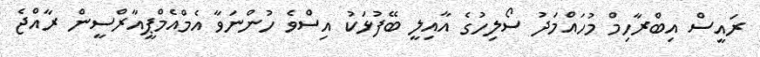
ރައީސް އިބްރާހިމް މުހައްމަދު ސޯލިހުގެ އާއިލީ ބޭފުޅަކު އިސްވެ ހުންނަވާ އެމްއެމްޕީއާރްސީން ރާއްޖެ